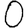
Digit: 0